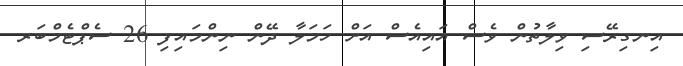
އިނގިރޭސި ވިލާތުން ވެސް އައިއެސް އަށް ހަމަލާ ދޭން ނިންމައިފި 26 ސެޕްޓެމްބަރ